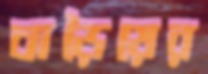
বাড়ৈয়ের